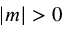
| m | > 0